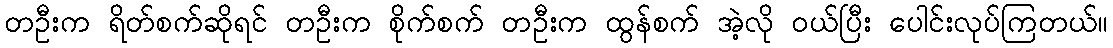
တဦးက ရိတ်စက်ဆိုရင် တဦးက စိုက်စက် တဦးက ထွန်စက် အဲ့လို ဝယ်ပြီး ပေါင်းလုပ်ကြတယ်။